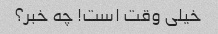
خیلی وقت است! چه خبر؟